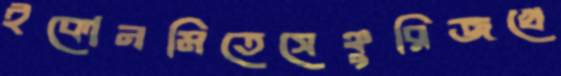
ইকোনমিতেসেঞ্চুরিজখে